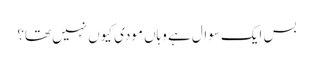
بس ایک سوال ہے وہاں مودی کیوں نہیں تھا؟